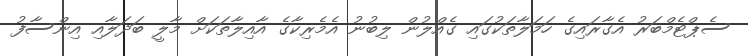
ސެޕްޓެމްބަރު އެގާރައިގެ ހަމަލާތަކުގައި ގެއްލުން ލިބުނު އެމެރިކާގެ އާއިލާތަކަށް މާލީ ބަދަލާއި އިންސާފު